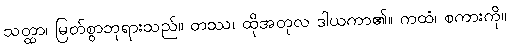
သတ္ထာ၊ မြတ်စွာဘုရားသည်။ တဿ၊ ထိုအတုလ ဒါယကာ၏။ ကထံ၊ စကားကို။